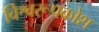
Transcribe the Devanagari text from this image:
विश्वरूपकोश